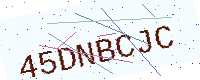
Text: 45DNBCJC